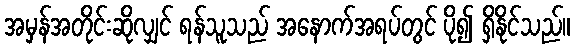
အမှန်အတိုင်းဆိုလျှင် ရန်သူသည် အနောက်အရပ်တွင် ပို၍ ရှိနိုင်သည်။